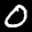
Label: 0